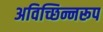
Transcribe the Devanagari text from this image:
अविच्छिन्नरूप